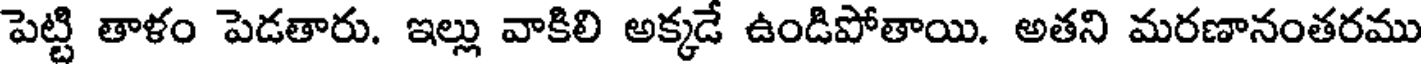
పెట్టి తాళం పెడతారు. ఇల్లు వాకిలి అక్కడే ఉండిపోతాయి. అతని మరణానంతరము